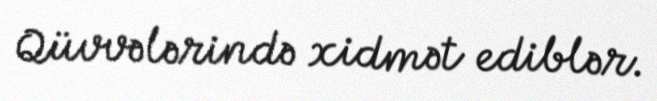
Qüvvələrində xidmət ediblər.